Trukikaitis_Postimees, lk 157
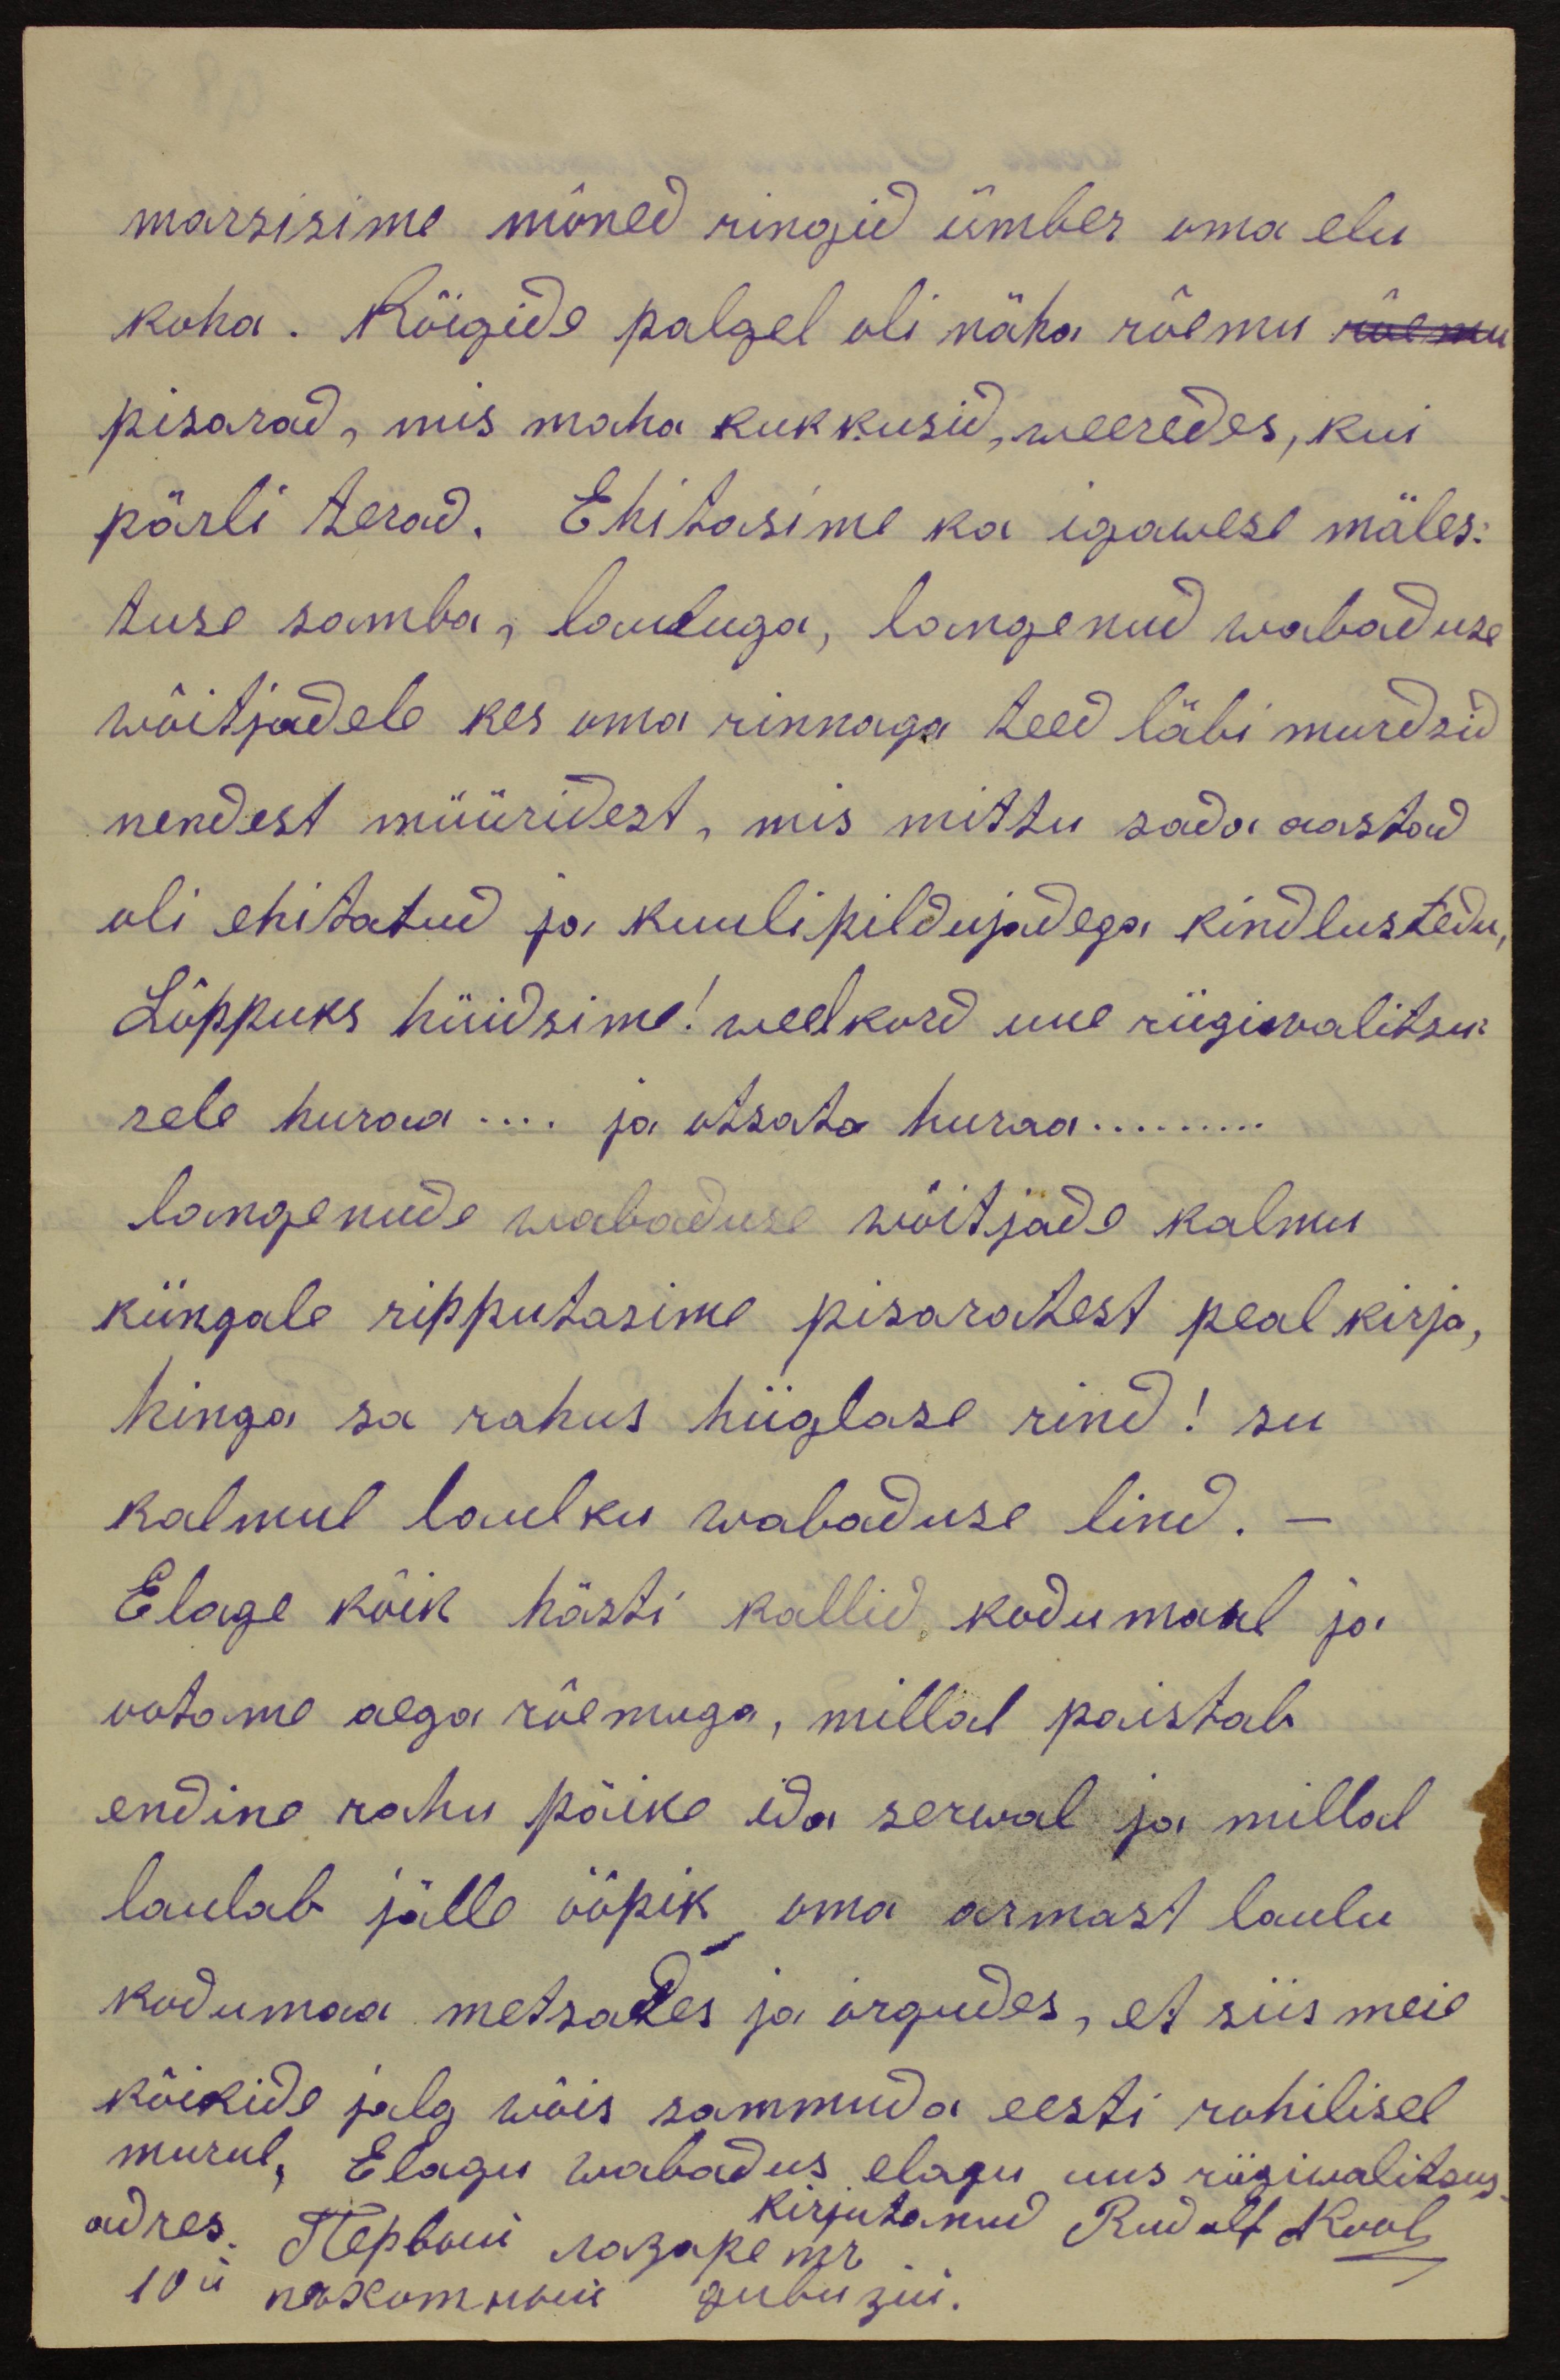
marsisime mõned ringid ümber oma elu
koha. Kõigide palgel oli näha rõemu riilnud
pisarad, mis maha kukkusid, weeredes, kui
pärli terad. Ehitasime ka igawese mäles-
tuse samba, lauluga, langenud wabaduse
wõitjadele kes oma rinnaga teed läbi murdsid
nendest müüridest, mis mittu sada aastad
oli ehitatud ja kuulipildujadega kindlustedu,
Lõppuks hüüdsime! weelkord uue riigivalitsu-
rele huraa... ja otsata huraa...
langenude wabaduse wõitjade kalmu
küngale ripputasime pisaratest peal kirja,
hinga sa rahus hiiglase rind! su
kalmul laulku wabaduse lind.-
Elage kõik hästi kallid, kodumaal ja
ootame aega rõemuga, millal paistab
endine rahu päike ida serwal ja millal
laulab jälle ööpik oma armast laulu
kodumaa metsades ja orgudes, et siis meie
kõikide jalg wõis sammuda eesti rohilisel
murul, Elagu wabadus elagu uus riigiwalitsus
kirjutanud Rudolf Kool
adres. Pervõi pozaretz